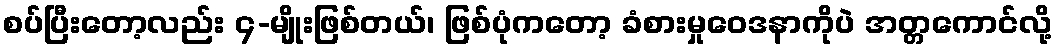
စပ်ပြီးတော့လည်း ၄-မျိုးဖြစ်တယ်၊ ဖြစ်ပုံကတော့ ခံစားမှုဝေဒနာကိုပဲ အတ္တကောင်လို့